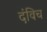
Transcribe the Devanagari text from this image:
दंविच